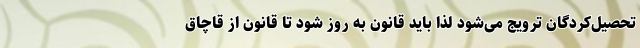
تحصیل‌کردگان ترویج می‌شود لذا باید قانون به روز شود تا قانون از قاچاق